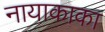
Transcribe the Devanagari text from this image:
नायाकाका